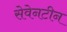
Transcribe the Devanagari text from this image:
सेवेनटीन